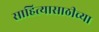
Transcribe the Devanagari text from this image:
साहित्यासाठीच्या